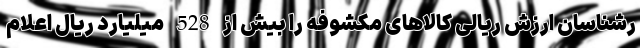
رشناسان ارزش ریالی کالاهای مکشوفه را بیش از 528 میلیارد ریال اعلام